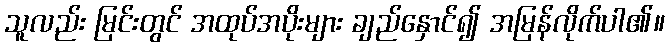
သူလည်း မြင်းတွင် အထုပ်အပိုးများ ချည်နှောင်၍ အမြန်လိုက်ပါ၏။